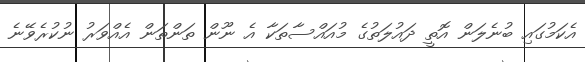
އެކަމުގައި ބުނެލަން އޮތީ ދައުލަތުގެ މުއައްސާތަކާ އެ ނޫން ތަންތަން އެއްވަރު ނުކުރެވޭނެ